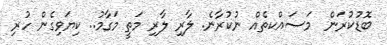
ބޮޑުކުރަން  މަސައްކތެއް ނުކުރާނެ. ލާރި ލާރި މަތީ މަގާމު.. ކިޔަވިގެން ހުރި